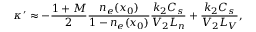
\kappa ^ { \prime } \approx - \frac { 1 + M } { 2 } \frac { n _ { e } ( x _ { 0 } ) } { 1 - n _ { e } ( x _ { 0 } ) } \frac { k _ { 2 } C _ { s } } { V _ { 2 } L _ { n } } + \frac { k _ { 2 } C _ { s } } { V _ { 2 } L _ { V } } ,